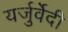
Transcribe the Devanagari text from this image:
यर्जुर्वेेदी